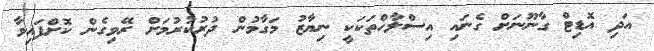
އަދި އޮޑިޓް ގާނޫނަށް ގެނައި އިސްލާހްތަކަކީ ނިޔާޒު މަގާމުން ދުރުކުރުމަށް ރޭވިގެން ކޮށްފައިވާ